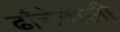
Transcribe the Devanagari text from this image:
ढाँचेवाली